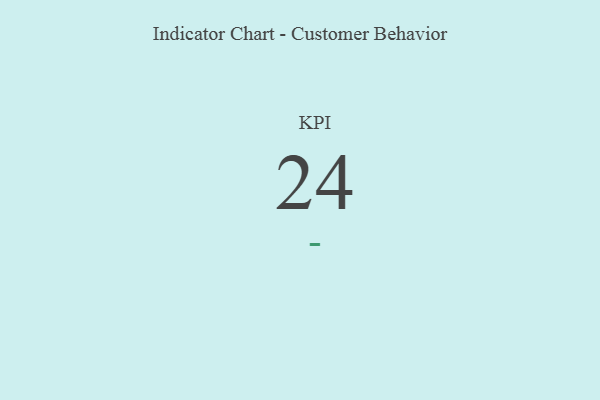
{"axis": {"x": "KPI", "y": "Value"}, "legend": [""], "data": [{"x": "KPI", "y": 24, "type": ""}]}